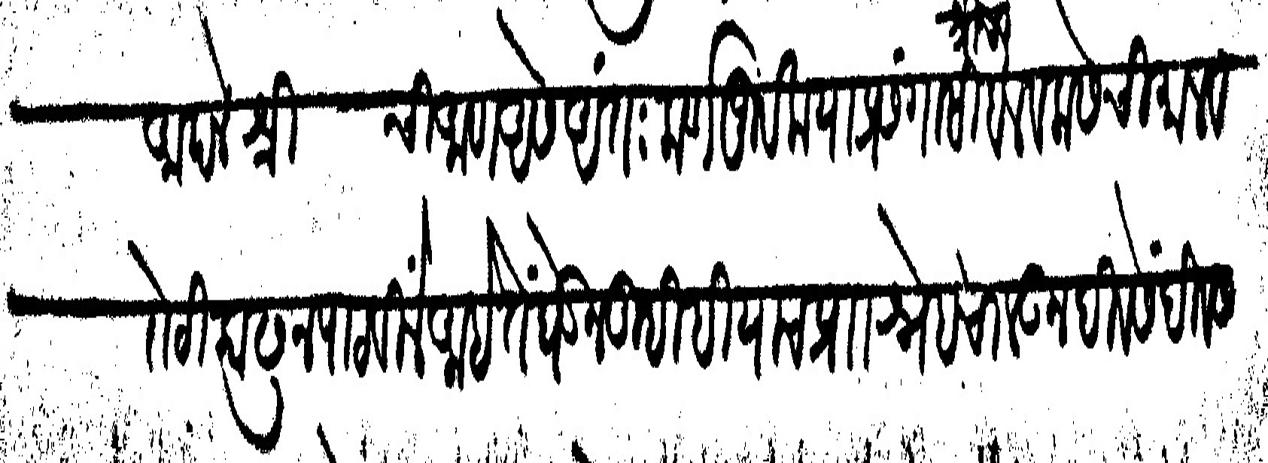
Transliteration (Devanagari): ची आण असे अंतःकर्णपूर्वक या प्रसंगासी श्रीचा बेल व कसेची माल व रोटी काढून पाठविलें आहे तें घेऊन तुम्हीही याच प्राा स्नेह चालऊन दिवसेंदिवस